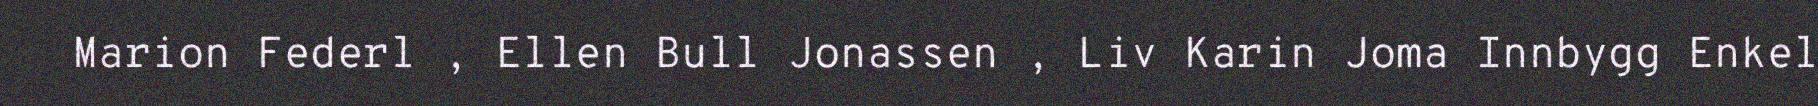
Marion Federl , Ellen Bull Jonassen , Liv Karin Joma Innbygg Enkel